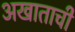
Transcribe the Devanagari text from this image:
अखाताची